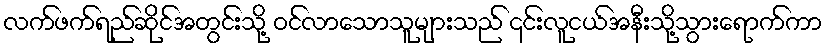
လက်ဖက်ရည်ဆိုင်အတွင်းသို့ ဝင်လာသောသူများသည် ၎င်းလူငယ်အနီးသို့သွားရောက်ကာ